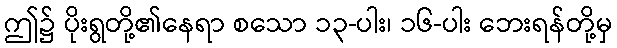
ဤ၌ ပိုးရွတို့၏နေရာ စသော ၁၃-ပါး၊ ၁၆-ပါး ဘေးရန်တို့မှ